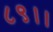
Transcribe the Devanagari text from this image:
८९।।